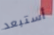
أستبعد